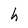
Character: h